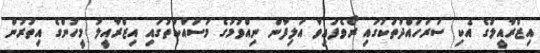
އިޒްރާއީލުގެ އެކި ސަރަހައްދުތަކުގައި ރޯވެފައިވާ އަލިފާން ނިއްވުމުގެ މަސައްކަތުގައި އިޒްރާއީލު މީހުންގެ އިތުރުން